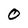
Character: O